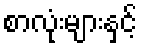
စာလုံးများနှင့်